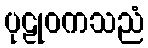
ပုဠုဝကသညံ